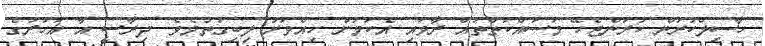
ހާސިލްކުރަން ކުރަންޖެހޭ މަސައްކަތްތައް ރާވައި އެކަމަށް ހިއްވަރު ލިބިގަތުމެވެ. ދިރާސީ އާ އަހަރުގެ